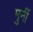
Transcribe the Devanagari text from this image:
मुनीं